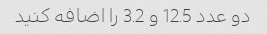
دو عدد 12.5 و 3.2 را اضافه کنید